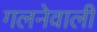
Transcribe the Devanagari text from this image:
गलनेवाली